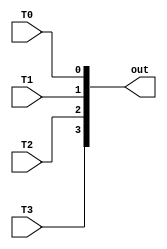
module wire_to_bus(T3,T2,T1,T0,out);
input T3;
input T2;
input T1;
input T0;

output [3:0] out;

assign out = {T3,T2, T1, T0};

endmodule